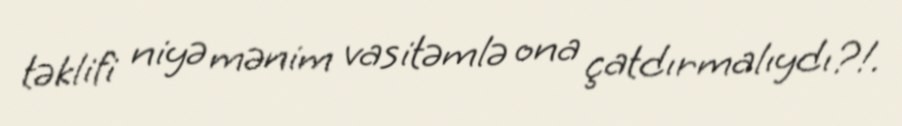
təklifi niyə mənim vasitəmlə ona çatdırmalıydı?!.